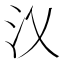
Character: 㲼